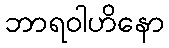
ဘာရဝါဟိနော